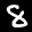
Label: 8